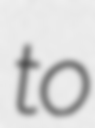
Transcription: to